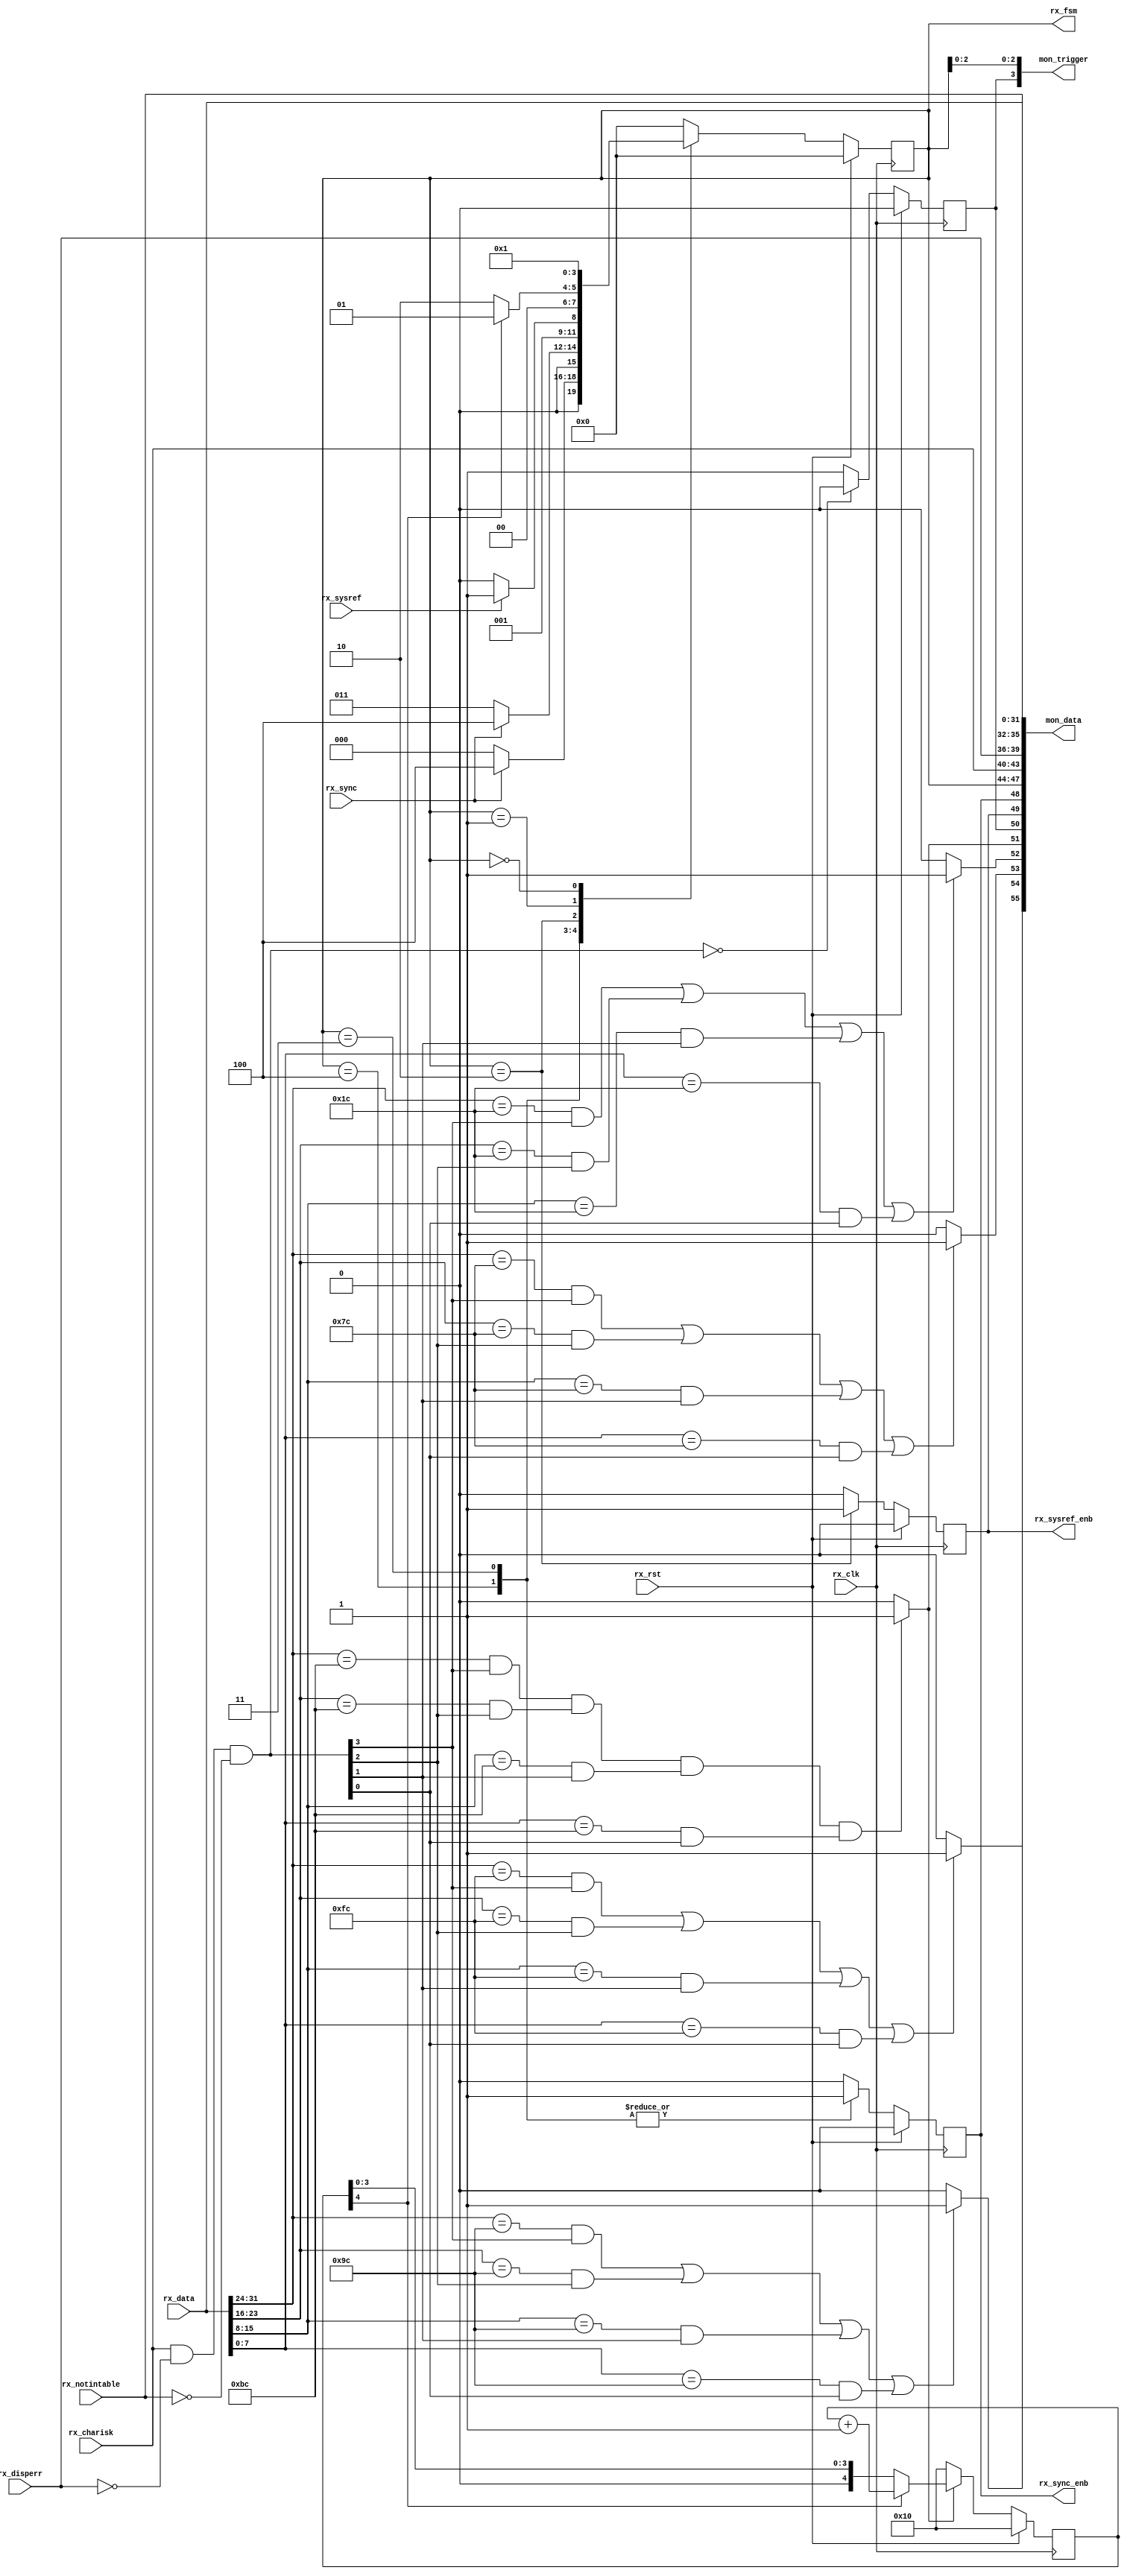
// ***************************************************************************
// ***************************************************************************
// Copyright 2011(c) Analog Devices, Inc.
// 
// All rights reserved.
// 
// Redistribution and use in source and binary forms, with or without modification,
// are permitted provided that the following conditions are met:
//     - Redistributions of source code must retain the above copyright
//       notice, this list of conditions and the following disclaimer.
//     - Redistributions in binary form must reproduce the above copyright
//       notice, this list of conditions and the following disclaimer in
//       the documentation and/or other materials provided with the
//       distribution.
//     - Neither the name of Analog Devices, Inc. nor the names of its
//       contributors may be used to endorse or promote products derived
//       from this software without specific prior written permission.
//     - The use of this software may or may not infringe the patent rights
//       of one or more patent holders.  This license does not release you
//       from the requirement that you obtain separate licenses from these
//       patent holders to use this software.
//     - Use of the software either in source or binary form, must be run
//       on or directly connected to an Analog Devices Inc. component.
//    
// THIS SOFTWARE IS PROVIDED BY ANALOG DEVICES "AS IS" AND ANY EXPRESS OR IMPLIED WARRANTIES,
// INCLUDING, BUT NOT LIMITED TO, NON-INFRINGEMENT, MERCHANTABILITY AND FITNESS FOR A
// PARTICULAR PURPOSE ARE DISCLAIMED.
//
// IN NO EVENT SHALL ANALOG DEVICES BE LIABLE FOR ANY DIRECT, INDIRECT, INCIDENTAL, SPECIAL,
// EXEMPLARY, OR CONSEQUENTIAL DAMAGES (INCLUDING, BUT NOT LIMITED TO, INTELLECTUAL PROPERTY
// RIGHTS, PROCUREMENT OF SUBSTITUTE GOODS OR SERVICES; LOSS OF USE, DATA, OR PROFITS; OR 
// BUSINESS INTERRUPTION) HOWEVER CAUSED AND ON ANY THEORY OF LIABILITY, WHETHER IN CONTRACT,
// STRICT LIABILITY, OR TORT (INCLUDING NEGLIGENCE OR OTHERWISE) ARISING IN ANY WAY OUT OF 
// THE USE OF THIS SOFTWARE, EVEN IF ADVISED OF THE POSSIBILITY OF SUCH DAMAGE.
// ***************************************************************************
// ***************************************************************************

`timescale 1ns/100ps

module cf_jesd_mon (

  // gtx interface

  rx_rst,
  rx_clk,
  rx_data,
  rx_charisk,
  rx_disperr,
  rx_notintable,

  // jesd interface

  rx_sysref,
  rx_sync,

  // jesd controls

  rx_sysref_enb,
  rx_sync_enb,
  rx_fsm,

  // monitor signals

  mon_trigger,
  mon_data);

  // gtx interface

  input           rx_rst;
  input           rx_clk;
  input   [31:0]  rx_data;
  input   [ 3:0]  rx_charisk;
  input   [ 3:0]  rx_disperr;
  input   [ 3:0]  rx_notintable;

  // jesd interface

  input           rx_sysref;
  input           rx_sync;

  // jesd controls

  output          rx_sysref_enb;
  output          rx_sync_enb;
  output  [ 3:0]  rx_fsm;

  // monitor signals

  output  [ 3:0]  mon_trigger;
  output  [55:0]  mon_data;

  // the receive state machine parameters

  parameter RX_FSM_IDLE    = 'h0;
  parameter RX_FSM_CGS     = 'h1;
  parameter RX_FSM_SYSREF  = 'h2;
  parameter RX_FSM_SYNC    = 'h3;
  parameter RX_FSM_DATA    = 'h4;

  reg             rx_sysref_enb = 'd0;
  reg             rx_sync_enb = 'd0;
  reg     [ 3:0]  rx_fsm = 'd0;
  reg             rx_valid_k = 'd0;
  reg     [ 4:0]  rx_cgs_count = 'd0;
 
  wire            rx_ilas_f_s;
  wire            rx_ilas_q_s;
  wire            rx_ilas_a_s;
  wire            rx_ilas_r_s;
  wire            rx_cgs_k_s;
  wire    [ 3:0]  rx_valid_k_s;

  // monitor interface

  assign mon_data[55:55] = rx_ilas_f_s;
  assign mon_data[54:54] = rx_ilas_q_s;
  assign mon_data[53:53] = rx_ilas_a_s;
  assign mon_data[52:52] = rx_ilas_r_s;
  assign mon_data[51:51] = rx_cgs_k_s;
  assign mon_data[50:50] = rx_valid_k;
  assign mon_data[49:49] = rx_sysref_enb;
  assign mon_data[48:48] = rx_sync_enb;
  assign mon_data[47:44] = rx_fsm;
  assign mon_data[43:40] = rx_charisk;
  assign mon_data[39:36] = rx_disperr;
  assign mon_data[35:32] = rx_notintable;
  assign mon_data[31: 0] = rx_data;

  assign mon_trigger = {rx_valid_k, rx_fsm[2:0]};

  // this state machine is just to monitor whether the jesd lanes are going through all
  // the intial synchronization phase and asserts sync and/or system ref accordingly.
  // after reset, it waits for cgs signals, followed by all the ilas frames then moves
  // to the data phase.

  always @(posedge rx_clk) begin
    if (rx_rst == 1'b1) begin
      rx_sysref_enb <= 'd0;
      rx_sync_enb <= 'd0;
      rx_fsm <= 'd0;
    end else begin
      case (rx_fsm)
        RX_FSM_DATA: begin // stay in data phase until sync is asserted (restart)
          rx_sysref_enb <= 'd0;
          rx_sync_enb <= 'd1;
          if (rx_sync == 1'b0) begin
            rx_fsm <= RX_FSM_IDLE;
          end else begin
            rx_fsm <= RX_FSM_DATA;
          end
        end
        RX_FSM_SYNC: begin // if sync is deasserted, move to ilas/data phase
          rx_sysref_enb <= 'd0;
          rx_sync_enb <= 'd1;
          if (rx_sync == 1'b1) begin
            rx_fsm <= RX_FSM_DATA;
          end else begin
            rx_fsm <= RX_FSM_SYNC;
          end
        end
        RX_FSM_SYSREF: begin // assert sysref after cgs state
          rx_sysref_enb <= 'd1;
          rx_sync_enb <= 'd0;
          if (rx_sysref == 1'b1) begin
            rx_fsm <= RX_FSM_SYNC;
          end else begin
            rx_fsm <= RX_FSM_SYSREF;
          end
        end
        RX_FSM_CGS: begin // leave cgs state after 256 (randomly picked) comma characters
          rx_sysref_enb <= 'd0;
          rx_sync_enb <= 'd0;
          if (rx_cgs_count[4] == 1'b0) begin
            rx_fsm <= RX_FSM_SYSREF;
          end else begin
            rx_fsm <= RX_FSM_CGS;
          end
        end
        RX_FSM_IDLE: begin // reset gtx/jesd, and check for cgs
          rx_sysref_enb <= 'd0;
          rx_sync_enb <= 'd0;
          rx_fsm <= RX_FSM_CGS;
        end
        default: begin
          rx_sysref_enb <= 'd0;
          rx_sync_enb <= 'd0;
          rx_fsm <= RX_FSM_IDLE;
        end
      endcase
    end
  end

  // decode the jesd cgs and ilas signals, this is a very straight forward monitoring.
  // we are just checking whether the ilas signals are present or not.
  // the detailed functionality already exists inside the jesd core.

  always @(posedge rx_clk) begin
    if (rx_rst == 1'b1) begin
      rx_valid_k <= 'd0;
      rx_cgs_count <= 5'h10;
    end else begin
      rx_valid_k <= (rx_valid_k_s == 4'd0) ? 1'b0 : 1'b1;
      if (rx_cgs_k_s == 1'b0) begin
        rx_cgs_count <= 5'h10;
      end else if (rx_cgs_count[4] == 1'b1) begin
        rx_cgs_count <= rx_cgs_count + 1'b1;
      end
    end
  end

  // the following logic decodes ilas frames and are just looking for specific code
  // words, these are defined by jesd specifications.

  assign rx_ilas_f_s = 
    (((rx_data[31:24] == 8'hfc) && (rx_valid_k_s[ 3] == 1'b1)) ||
     ((rx_data[23:16] == 8'hfc) && (rx_valid_k_s[ 2] == 1'b1)) ||
     ((rx_data[15: 8] == 8'hfc) && (rx_valid_k_s[ 1] == 1'b1)) ||
     ((rx_data[ 7: 0] == 8'hfc) && (rx_valid_k_s[ 0] == 1'b1))) ? 1'b1 : 1'b0;

  assign rx_ilas_q_s = 
    (((rx_data[31:24] == 8'h9c) && (rx_valid_k_s[ 3] == 1'b1)) ||
     ((rx_data[23:16] == 8'h9c) && (rx_valid_k_s[ 2] == 1'b1)) ||
     ((rx_data[15: 8] == 8'h9c) && (rx_valid_k_s[ 1] == 1'b1)) ||
     ((rx_data[ 7: 0] == 8'h9c) && (rx_valid_k_s[ 0] == 1'b1))) ? 1'b1 : 1'b0;

  assign rx_ilas_a_s = 
    (((rx_data[31:24] == 8'h7c) && (rx_valid_k_s[ 3] == 1'b1)) ||
     ((rx_data[23:16] == 8'h7c) && (rx_valid_k_s[ 2] == 1'b1)) ||
     ((rx_data[15: 8] == 8'h7c) && (rx_valid_k_s[ 1] == 1'b1)) ||
     ((rx_data[ 7: 0] == 8'h7c) && (rx_valid_k_s[ 0] == 1'b1))) ? 1'b1 : 1'b0;

  assign rx_ilas_r_s = 
    (((rx_data[31:24] == 8'h1c) && (rx_valid_k_s[ 3] == 1'b1)) ||
     ((rx_data[23:16] == 8'h1c) && (rx_valid_k_s[ 2] == 1'b1)) ||
     ((rx_data[15: 8] == 8'h1c) && (rx_valid_k_s[ 1] == 1'b1)) ||
     ((rx_data[ 7: 0] == 8'h1c) && (rx_valid_k_s[ 0] == 1'b1))) ? 1'b1 : 1'b0;

  assign rx_cgs_k_s = 
    (((rx_data[31:24] == 8'hbc) && (rx_valid_k_s[ 3] == 1'b1)) &&
     ((rx_data[23:16] == 8'hbc) && (rx_valid_k_s[ 2] == 1'b1)) &&
     ((rx_data[15: 8] == 8'hbc) && (rx_valid_k_s[ 1] == 1'b1)) &&
     ((rx_data[ 7: 0] == 8'hbc) && (rx_valid_k_s[ 0] == 1'b1))) ? 1'b1 : 1'b0;

  // validate all characters

  assign rx_valid_k_s = rx_charisk & (~rx_disperr) & (~rx_notintable);

endmodule

// ***************************************************************************
// ***************************************************************************